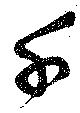
千